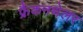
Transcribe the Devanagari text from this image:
फ्रैंकनथेलर